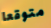
متوقعا